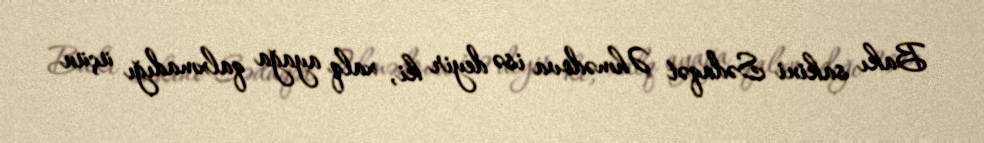
Bakı sakini Sədaqət Əhmədova isə deyir ki, xalq ayağa qalxmadığı üçün